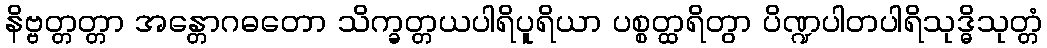
နိဗ္ဗတ္တတ္တာ အန္တောဂဓတော သိက္ခတ္တယပါရိပူရိယာ ပစ္စတ္ထရိတွာ ပိဏ္ဍပါတပါရိသုဒ္ဓိသုတ္တံ